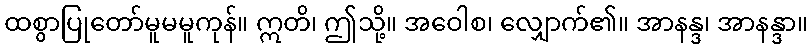
ထစွာပြုတော်မူမမူကုန်။ ဣတိ၊ ဤသို့။ အဝေါစ၊ လျှောက်၏။ အာနန္ဒ၊ အာနန္ဒာ။